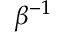
\beta ^ { - 1 }